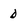
Character: D